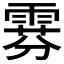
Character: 𫕧